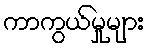
ကာကွယ်မှုများ